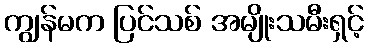
ကျွန်မက ပြင်သစ် အမျိုးသမီးရှင့်